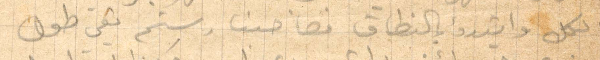
الكل وابتدؤ بالنطاق فصاحبنا رستم بقي طول